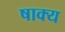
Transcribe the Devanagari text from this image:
षाक्य